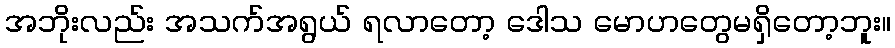
အဘိုးလည်း အသက်အရွယ် ရလာတော့ ဒေါသ မောဟတွေမရှိတော့ဘူး။